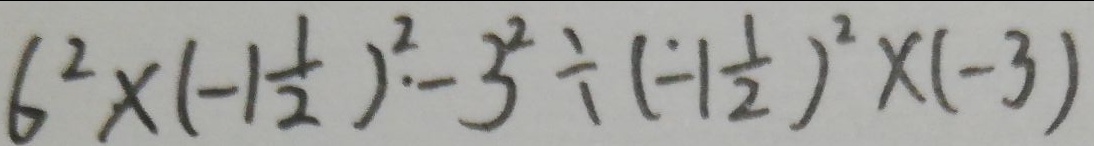
6 ^ { 2 } \times ( - 1 \frac { 1 } { 2 } ) ^ { 2 } - 3 ^ { 2 } \div ( - 1 \frac { 1 } { 2 } ) ^ { 2 } \times ( - 3 )